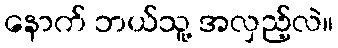
နောက် ဘယ်သူ့ အလှည့်လဲ။